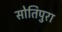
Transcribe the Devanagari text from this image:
सोतिपुरा